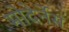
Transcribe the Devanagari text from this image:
मोदेर्नेस